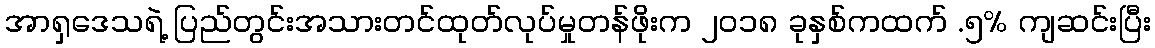
အာရှဒေသရဲ့ ပြည်တွင်းအသားတင်ထုတ်လုပ်မှုတန်ဖိုးက ၂၀၁၈ ခုနှစ်ကထက် .၅% ကျဆင်းပြီး